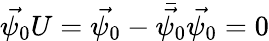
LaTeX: \vec{\psi_{0}}U=\vec{\psi_{0}}-\bar{\vec{\psi_{0}}}\vec{\psi_{0}}=0